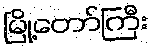
မြို့တော်ကြီး